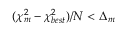
( \chi _ { m } ^ { 2 } - \chi _ { b e s t } ^ { 2 } ) / N < \Delta _ { m }